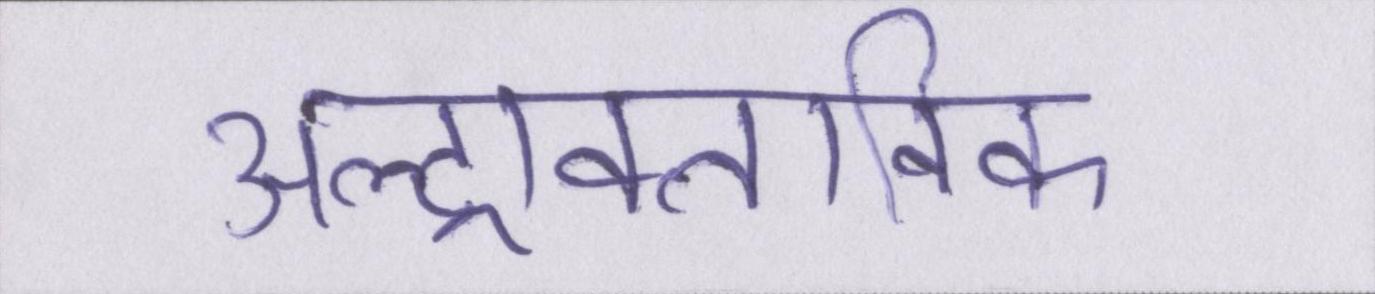
अल्ट्राक्लाविक